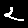
Digit: 2